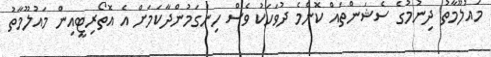
މައުލޫމާތު ދިނުމުގެ ސެޝަންތައް ކޮންމެ ދުވަހަކު ވެސް ހިންގަމުންދާކަމަށް އެ އޮތޯރިޓީއިން މައުލޫމާތު